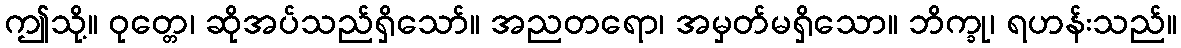
ဤသို့။ ဝုတ္တေ၊ ဆိုအပ်သည်ရှိသော်။ အညတရော၊ အမှတ်မရှိသော။ ဘိက္ခု၊ ရဟန်းသည်။